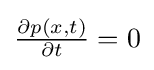
{\textstyle {\frac {\partial p(x,t)}{\partial t}}=0}